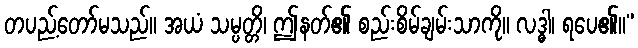
တပည့်တော်မသည်။ အယံ သမ္ပတ္တိ၊ ဤနတ်၏ စည်းစိမ်ချမ်းသာကို။ လဒ္ဓါ၊ ရပေ၏။”